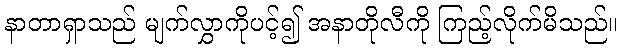
နာတာရှာသည် မျက်လွှာကိုပင့်၍ အနာတိုလီကို ကြည့်လိုက်မိသည်။